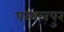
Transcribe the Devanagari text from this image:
परवलपुर